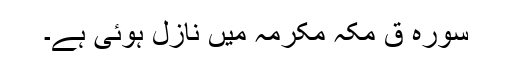
سورۂ قٓ مکہ مکرمہ میں نازل ہوئی ہے۔